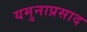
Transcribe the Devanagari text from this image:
यमुनाप्रसाद